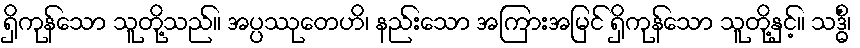
ရှိကုန်သော သူတို့သည်။ အပ္ပဿုတေဟိ၊ နည်းသော အကြားအမြင် ရှိကုန်သော သူတို့နှင့်။ သဒ္ဓိံ၊